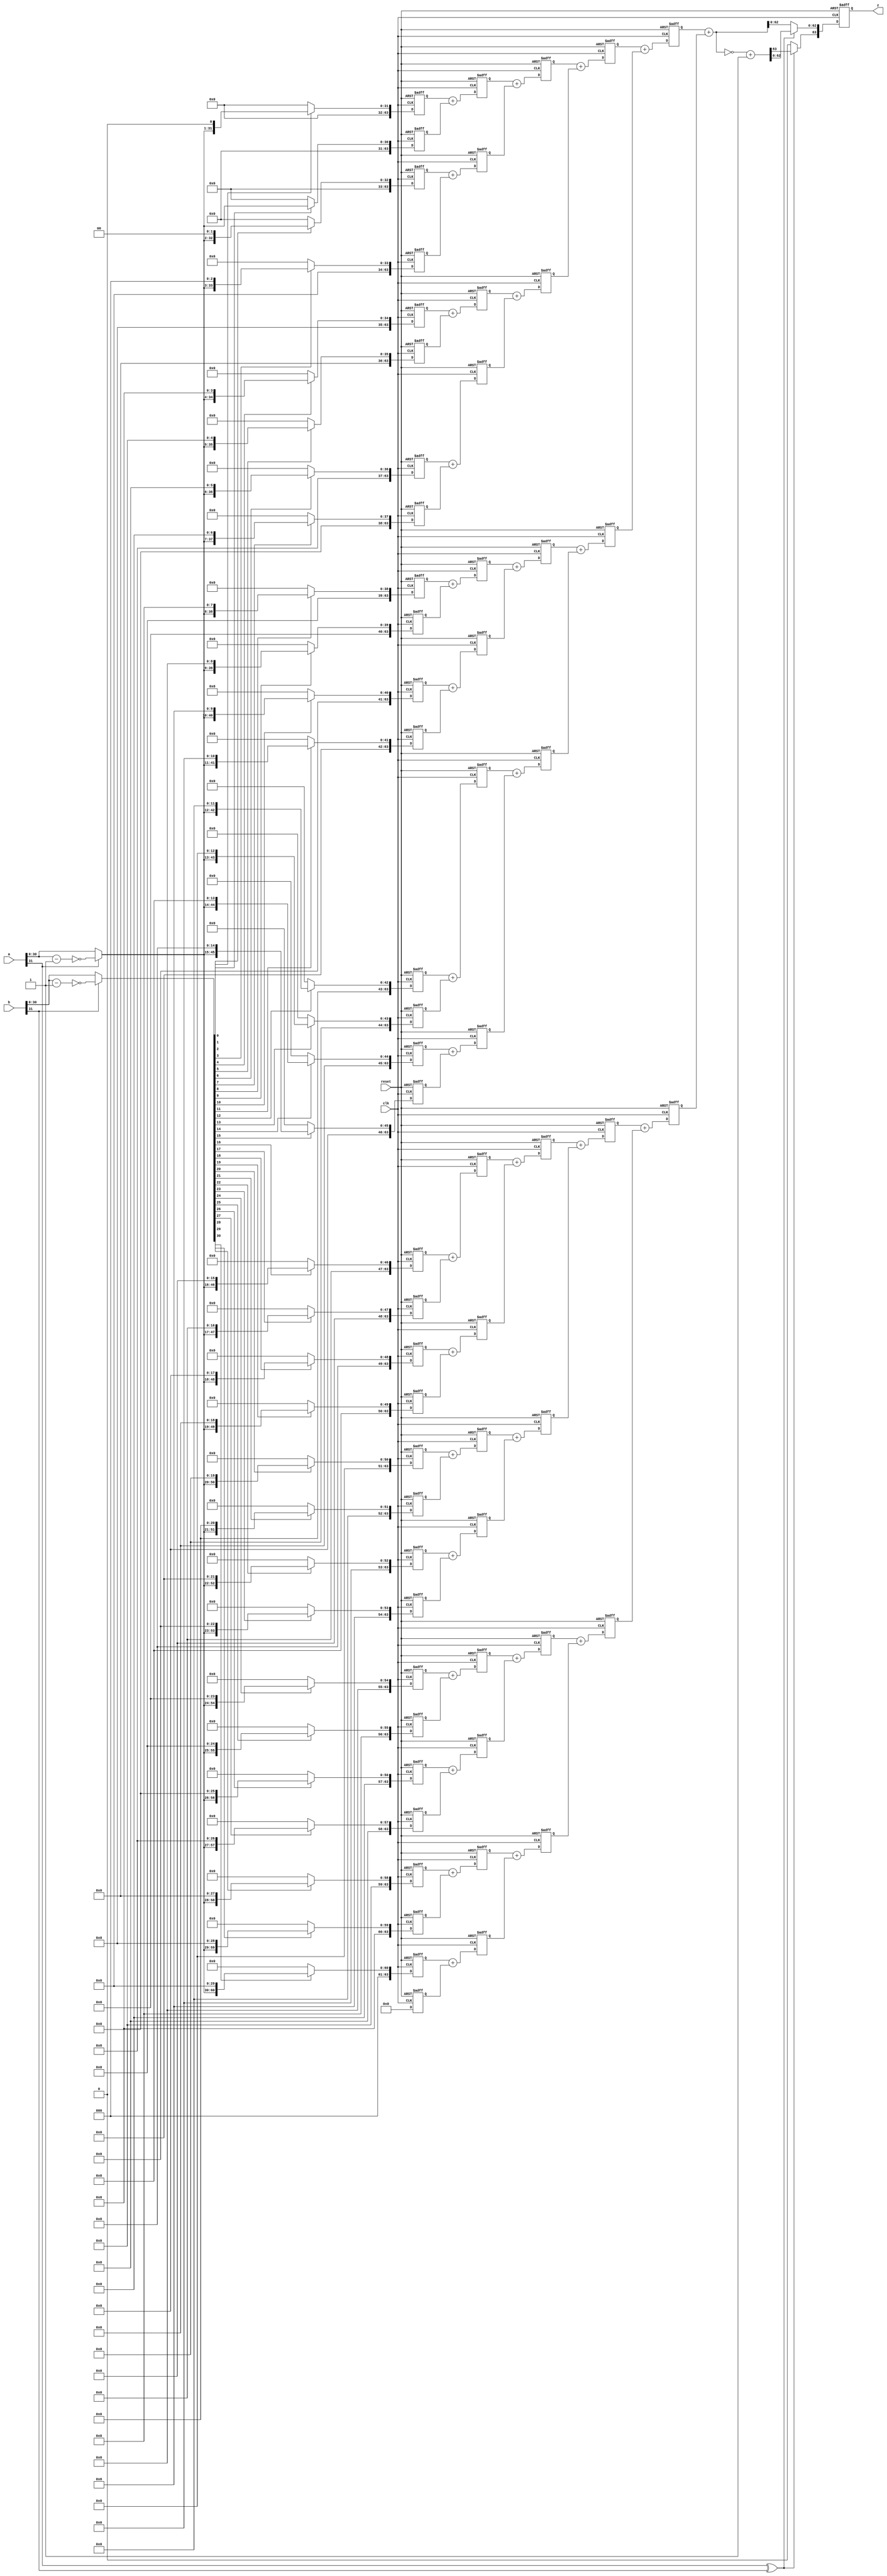
`timescale 1ns / 1ps
//////////////////////////////////////////////////////////////////////////////////
// Company: 
// Engineer: 
// 
// Design Name: 
// Module Name: MUl_temp
// Project Name: 
// Target Devices: 
// Tool Versions: 
// Description: 
// 
// Dependencies: 
// 
// Revision:
// Revision 0.01 - File Created
// Additional Comments:
// 
//////////////////////////////////////////////////////////////////////////////////


module MUL_temp(input clk,//    
input reset,
input [31:0]a,//    a() 
input [31:0]b,//     b() 
output [63:0]z//      z 
); 
reg [63:0]date;
reg [63:0] temp; 
reg [63:0] stored0; 
reg [63:0] stored1; 
reg [63:0] stored2; 
reg [63:0] stored3; 
reg [63:0] stored4; 
reg [63:0] stored5; 
reg [63:0] stored6; 
reg [63:0] stored7;
reg [63:0] stored8; 
reg [63:0] stored9; 
reg [63:0] stored10; 
reg [63:0] stored11; 
reg [63:0] stored12; 
reg [63:0] stored13; 
reg [63:0] stored14; 
reg [63:0] stored15; 
reg [63:0] stored16; 
reg [63:0] stored17; 
reg [63:0] stored18; 
reg [63:0] stored19; 
reg [63:0] stored20; 
reg [63:0] stored21; 
reg [63:0] stored22; 
reg [63:0] stored23; 
reg [63:0] stored24; 
reg [63:0] stored25; 
reg [63:0] stored26; 
reg [63:0] stored27; 
reg [63:0] stored28; 
reg [63:0] stored29; 
reg [63:0] stored30; 
reg [63:0] stored31; 
reg [63:0] add0_1; 
reg [63:0] add2_3; 
reg [63:0] add4_5; 
reg [63:0] add6_7;
reg [63:0] add8_9; 
reg [63:0] add10_11; 
reg [63:0] add12_13; 
reg [63:0] add14_15; 
reg [63:0] add16_17; 
reg [63:0] add18_19; 
reg [63:0] add20_21;  
reg [63:0] add22_23; 
reg [63:0] add24_25; 
reg [63:0] add26_27; 
reg [63:0] add28_29; 
reg [63:0] add30_31;
reg [63:0] add0t1_2t3; 
reg [63:0] add4t5_6t7; 
reg [63:0] add8t9_10t11; 
reg [63:0] add12t13_14t15; 
reg [63:0] add16t17_18t19; 
reg [63:0] add20t21_22t23; 
reg [63:0] add24t25_26t27; 
reg [63:0] add28t29_30t31; 
reg [63:0] add0t3_4t7;
reg [63:0] add8t11_12t15;
reg [63:0] add16t19_20t23;
reg [63:0] add24t27_28t31;
reg [63:0] add0t7_8t15;
reg [63:0] add16t23_24t31;
wire [31:0]change_a;
wire [31:0]change_b;
wire [31:0]middle_a;
wire [31:0]middle_b;
assign middle_a=a-32'b1;
assign middle_b=b-32'b1;
assign change_a=(a[31]==1'b1)?{1'b0,~middle_a[30:0]}:a[31:0];
assign change_b=(b[31]==1'b1)?{1'b0,~middle_b[30:0]}:b[31:0];
always @(posedge clk or negedge reset) 
begin 
// reset  
if(!reset) begin 
  temp <= 0; 
  stored0 <= 0; 
  stored1 <= 0; 
  stored2 <= 0; 
  stored3 <= 0; 
  stored4 <= 0; 
  stored5 <= 0; 
  stored6 <= 0; 
  stored7 <= 0;
  stored8 <= 0; 
  stored9 <= 0; 
  stored10 <= 0; 
  stored11 <= 0; 
  stored12 <= 0; 
  stored13 <= 0; 
  stored14 <= 0; 
  stored15 <= 0;
  stored16 <= 0; 
  stored17 <= 0; 
  stored18 <= 0; 
  stored19 <= 0; 
  stored20 <= 0; 
  stored21 <= 0; 
  stored22 <= 0; 
  stored23 <= 0;
  stored24 <= 0; 
  stored25 <= 0; 
  stored26 <= 0; 
  stored27 <= 0; 
  stored28 <= 0; 
  stored29 <= 0; 
  stored30 <= 0; 
  stored31 <= 0; 
  add0_1 <= 0; 
  add2_3 <= 0; 
  add4_5 <= 0; 
  add6_7 <= 0;
  add8_9 <= 0; 
  add10_11 <= 0; 
  add12_13 <= 0; 
  add14_15 <= 0; 
  add16_17 <= 0; 
  add18_19<= 0; 
  add20_21 <= 0;  
  add22_23 <= 0; 
  add24_25 <= 0; 
  add26_27 <= 0; 
  add28_29<= 0; 
  add30_31 <= 0;
  add0t1_2t3 <= 0; 
  add4t5_6t7 <= 0; 
  add8t9_10t11<= 0; 
  add12t13_14t15<= 0; 
  add16t17_18t19<= 0; 
  add20t21_22t23<= 0; 
  add24t25_26t27<= 0; 
  add28t29_30t31<= 0; 
  add0t3_4t7<= 0;
  add8t11_12t15<= 0;
  add16t19_20t23<= 0;
  add24t27_28t31<= 0;
  add0t7_8t15<= 0;
  add16t23_24t31<= 0;     
  end 
  else begin // 
      stored0 <= change_b[0]? {32'b0, change_a} : 64'b0; 
      stored1 <= change_b[1]? {31'b0, change_a, 1'b0} :64'b0; 
      stored2 <= change_b[2]? {30'b0, change_a, 2'b0} :64'b0; 
      stored3 <= change_b[3]? {29'b0, change_a, 3'b0} :64'b0; 
      stored4 <= change_b[4]? {28'b0, change_a, 4'b0} :64'b0; 
      stored5 <= change_b[5]? {27'b0, change_a, 5'b0} :64'b0; 
      stored6 <= change_b[6]? {26'b0, change_a, 6'b0} :64'b0; 
      stored7 <= change_b[7]? {25'b0, change_a, 7'b0} :64'b0;
      stored8 <= change_b[8]? {24'b0, change_a, 8'b0} :64'b0; 
      stored9 <= change_b[9]? {23'b0, change_a, 9'b0} :64'b0; 
      stored10 <= change_b[10]? {22'b0, change_a, 10'b0} :64'b0; 
      stored11 <= change_b[11]? {21'b0, change_a, 11'b0} :64'b0; 
      stored12 <= change_b[12]? {20'b0, change_a, 12'b0} :64'b0; 
      stored13 <= change_b[13]? {19'b0, change_a, 13'b0} :64'b0; 
      stored14 <= change_b[14]? {18'b0, change_a, 14'b0} :64'b0; 
      stored15 <= change_b[15]? {17'b0, change_a, 15'b0} :64'b0; 
      stored16 <= change_b[16]? {16'b0, change_a, 16'b0} :64'b0; 
      stored17 <= change_b[17]? {15'b0, change_a, 17'b0} :64'b0; 
      stored18 <= change_b[18]? {14'b0, change_a, 18'b0} :64'b0; 
      stored19 <= change_b[19]? {13'b0, change_a, 19'b0} :64'b0; 
      stored20 <= change_b[20]? {12'b0, change_a, 20'b0} :64'b0; 
      stored21 <= change_b[21]? {11'b0, change_a, 21'b0} :64'b0; 
      stored22 <= change_b[22]? {10'b0, change_a, 22'b0} :64'b0; 
      stored23 <= change_b[23]? {9'b0, change_a, 23'b0} :64'b0; 
      stored24 <= change_b[24]? {8'b0, change_a, 24'b0} :64'b0; 
      stored25 <= change_b[25]? {7'b0, change_a, 25'b0} :64'b0; 
      stored26 <= change_b[26]? {6'b0, change_a, 26'b0} :64'b0; 
      stored27 <= change_b[27]? {5'b0, change_a, 27'b0} :64'b0; 
      stored28 <= change_b[28]? {4'b0, change_a, 28'b0} :64'b0;
      stored29 <= change_b[29]? {3'b0, change_a, 29'b0} :64'b0; 
      stored30 <= change_b[30]? {2'b0, change_a, 30'b0} :64'b0; 
      stored31 <= change_b[31]? {1'b0, change_a, 31'b0} :64'b0;   
      add0_1 <= stored1 + stored0; 
      add2_3 <= stored2 + stored3; 
      add4_5 <= stored4 + stored5; 
      add6_7 <= stored6 + stored7;
      add8_9 <= stored8 + stored9;
      add10_11 <= stored10 + stored11;
      add12_13 <= stored12 + stored13;
      add14_15 <= stored14 + stored15;
      add16_17 <= stored16 + stored17;
      add18_19 <= stored18 + stored19;
      add20_21 <= stored20 + stored21;
      add22_23 <= stored22 + stored23;
      add24_25 <= stored24 + stored25;
      add26_27 <= stored26 + stored27;
      add28_29 <= stored28 + stored29;
      add30_31 <= stored30 + stored31;    
      add0t1_2t3 <= add0_1 + add2_3; 
      add4t5_6t7 <= add4_5 + add6_7;
      add8t9_10t11 <= add8_9 + add10_11; 
      add12t13_14t15 <= add12_13 + add14_15;
      add16t17_18t19 <= add16_17 + add18_19; 
      add20t21_22t23 <= add20_21 + add22_23;
      add24t25_26t27 <= add24_25 + add26_27; 
      add28t29_30t31 <= add28_29 + add30_31;
      add0t3_4t7<=add0t1_2t3+add4t5_6t7;
      add8t11_12t15<=add8t9_10t11+add12t13_14t15;
      add16t19_20t23<=add16t17_18t19+add20t21_22t23;
      add24t27_28t31<=add24t25_26t27+add28t29_30t31;    
      add0t7_8t15<=add0t3_4t7+add8t11_12t15;
      add16t23_24t31<=add16t19_20t23+add24t27_28t31;
      if(a[31]^b[31])
      begin
      date=add0t7_8t15+add16t23_24t31;
      date=~date;
      date[63:0]=date[63:0]+64'b1;
      temp[63:0]=date[63:0];
      end
      else
      begin
      date=add0t7_8t15+add16t23_24t31;
      temp[62:0]=date[62:0];
      temp[63]=0;
      end
      end 
    end 
assign z = temp; 
endmodule